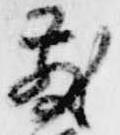
散